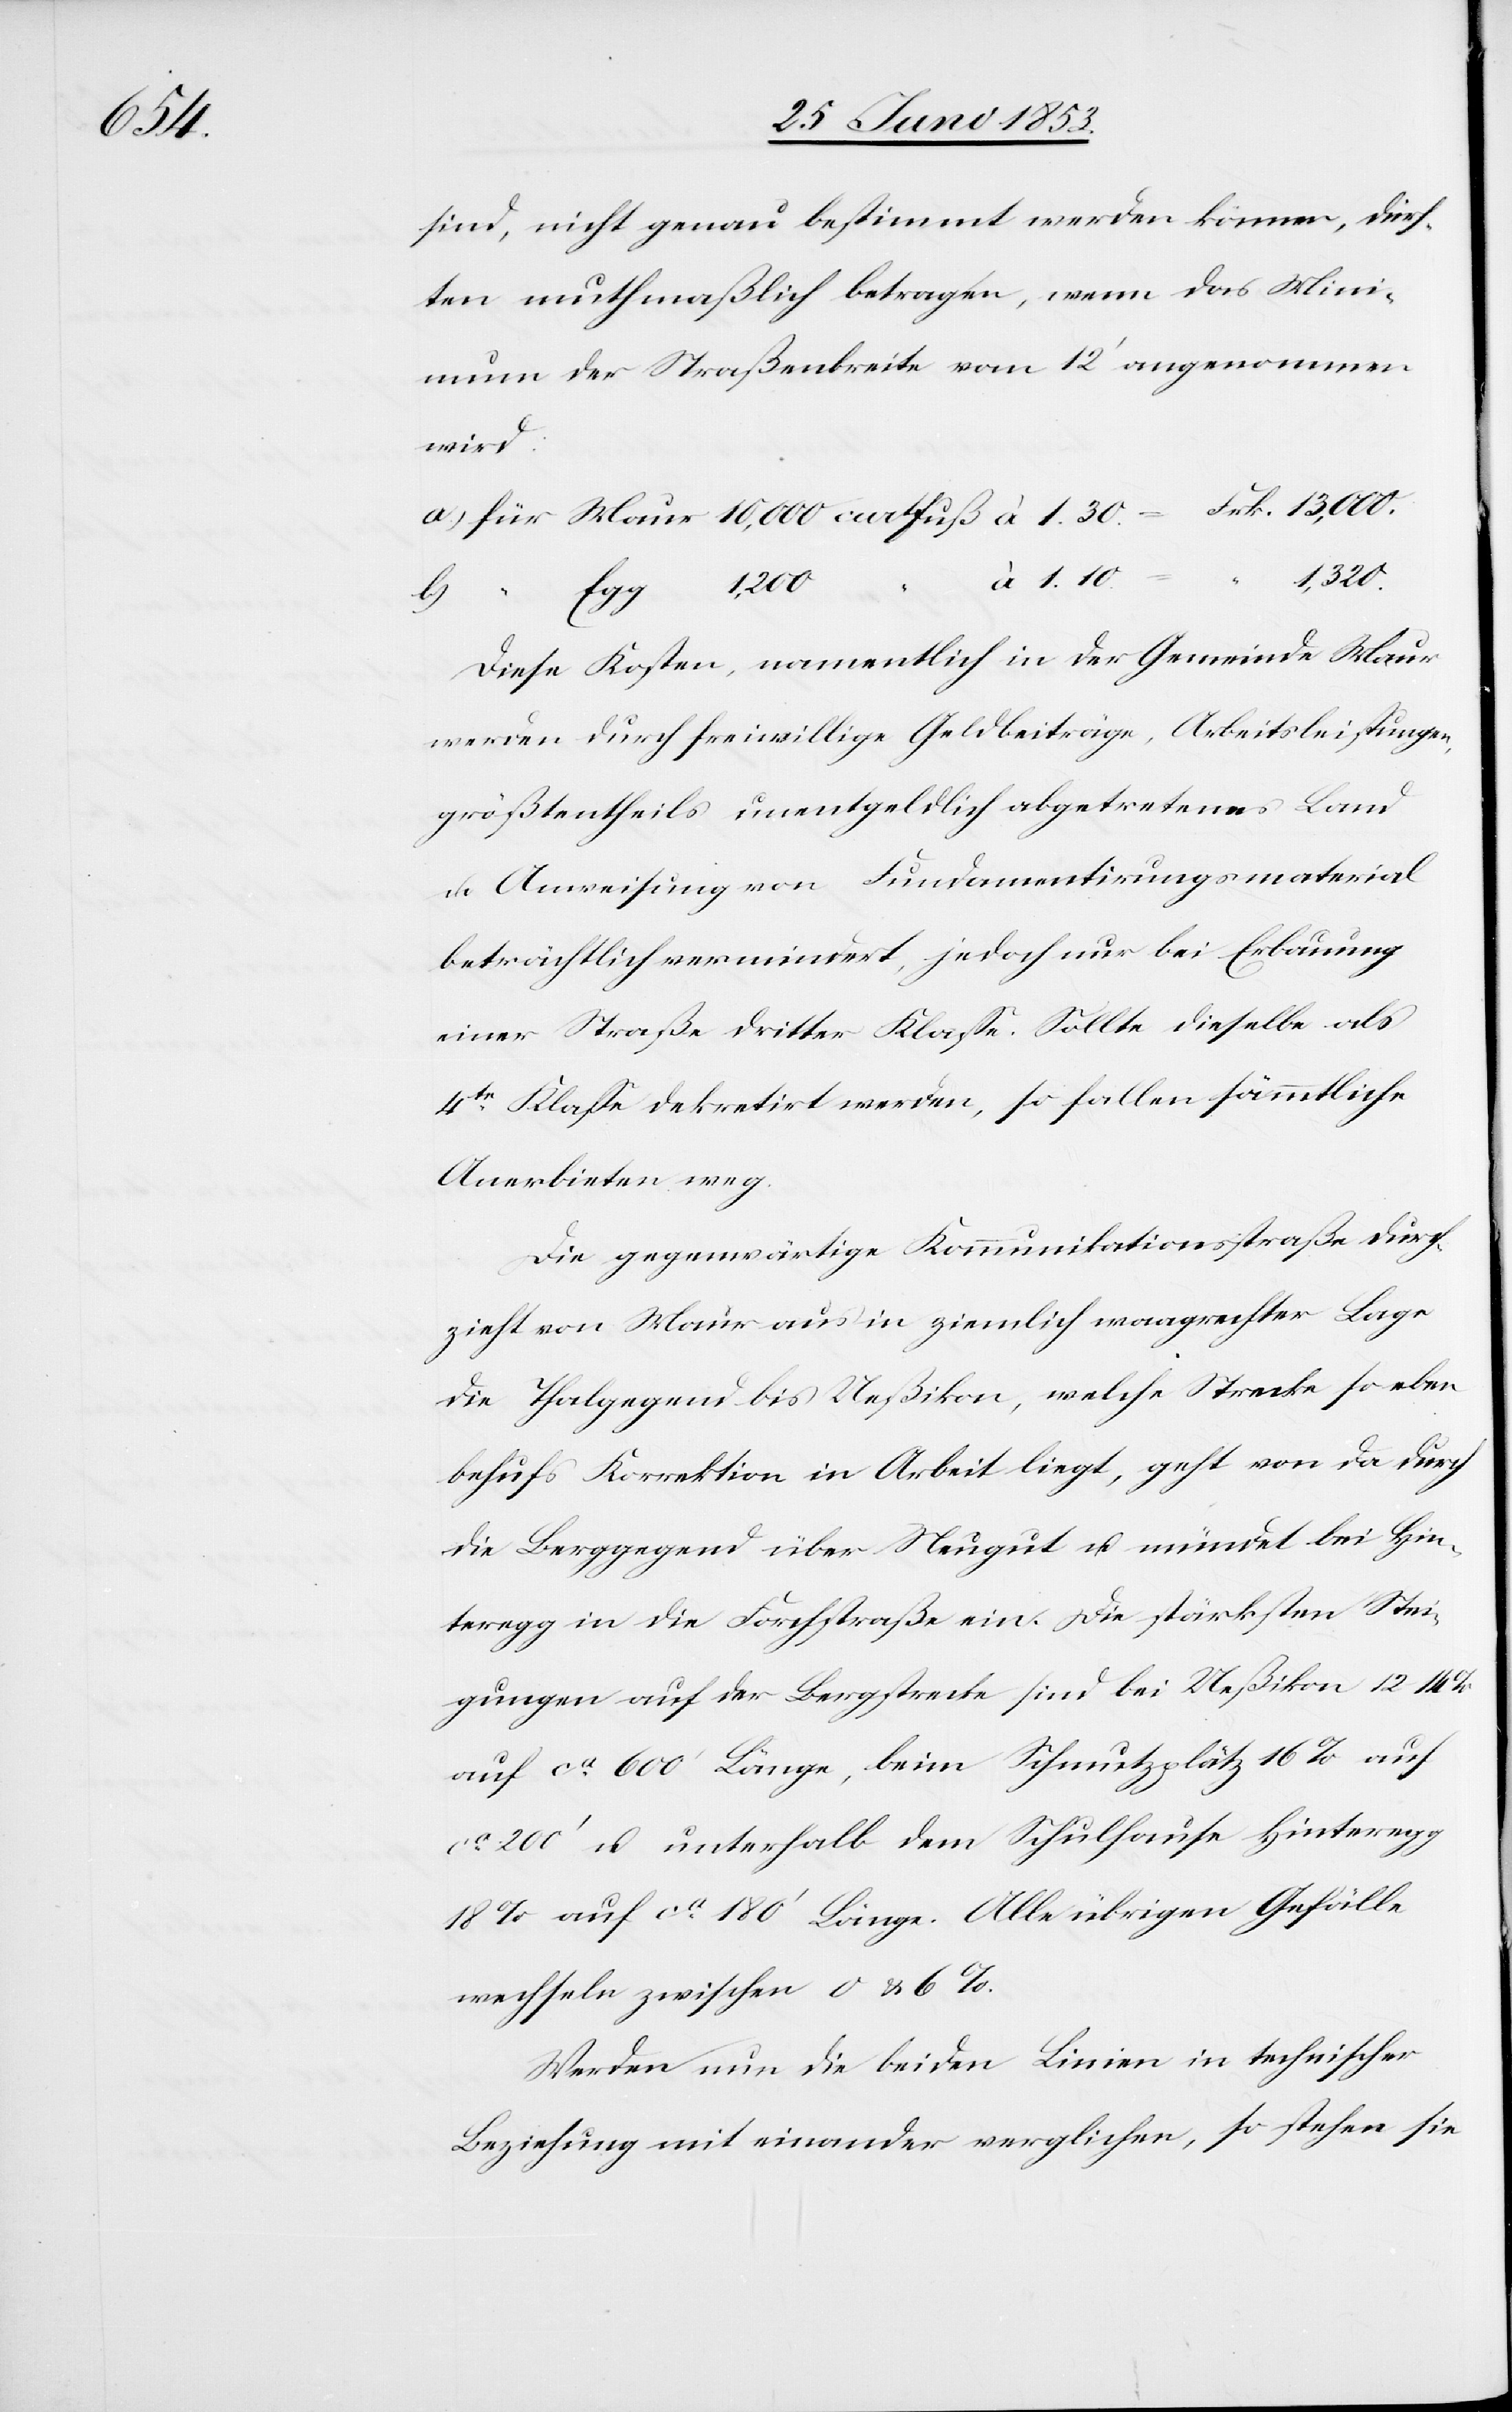
sind, nicht genau bestimmt werden können, dürf¬
ten muthmaßlich betragen, wenn das Mini¬
wird:
zieht
Maur von
à 1.10.
waagrechter Lage
Diese Kosten, namentlich in der Gemeinde Maur
werden durch freiwillige Geldbeiträge, Arbeitsleistungen,
größtentheils unentgeldlich abgetretenes Land
u. Anweisung von Fundamentirungsmaterial
beträchtlich vermindert, jedoch nur bei Erbauung
einer Straße dritter Klaße. Sollte dieselbe als
4te. Klaße dekretirt werden, so fallen sämmtliche
Anerbieten weg.
Die gegenwärtige Kommunikationsstraße durch¬
die Thalgegend bis Ueßikon, welche Strecke so eben
behufs Korrektion in Arbeit liegt, geht von da durch
die Berggegend über Neugut u. mündet bei Hin¬
teregg in die Forchstraße ein. Die stärksten Stei¬
gungen auf der Bergstrecke sind bei Ueßikon 12–14%
auf ca. 600’ Länge, beim Schnutzplätz 16% auf
ca. 200’ u. unterhalb dem Schulhause Hinteregg
18% auf ca. 180’ Länge. Alle übrigen Gefälle
wechseln zwischen 0 u. 6%.
Werden nun die beiden Linien in technischer
Beziehung mit einander verglichen, so stehen sie